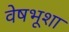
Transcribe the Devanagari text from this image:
वेषभूशा